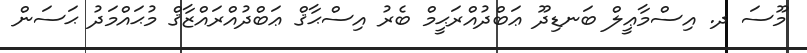
މޫސަ ދ. އިސްމާޢީލް ބަނޑިދޫ ޢަބްދުއްރަޙީމް ބެރު އިސްޙާޤް ޢަބްދުއްރައްޒާޤް މުޙައްމަދު ޙަސަން